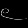
Digit: ၉